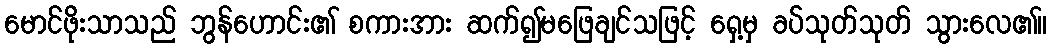
မောင်ဖိုးသာသည် ဘွန်ဟောင်း၏ စကားအား ဆက်၍မဖြေချင်သဖြင့် ရှေ့မှ ခပ်သုတ်သုတ် သွားလေ၏။